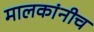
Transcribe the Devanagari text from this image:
मालकांनीच